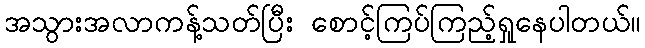
အသွားအလာကန့်သတ်ပြီး စောင့်ကြပ်ကြည့်ရှုနေပါတယ်။